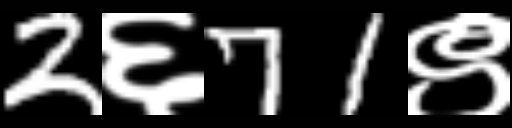
Text: 2६71९